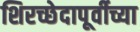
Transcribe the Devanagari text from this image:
शिरच्छेदापूर्वीच्या